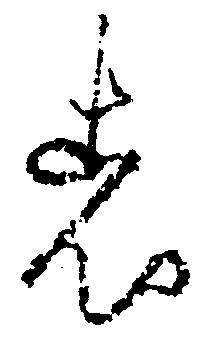
者